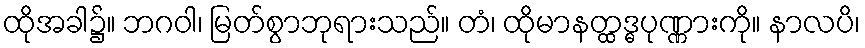
ထိုအခါ၌။ ဘဂဝါ၊ မြတ်စွာဘုရားသည်။ တံ၊ ထိုမာနတ္ထဒ္ဓပုဏ္ဏားကို။ နာလပိ၊